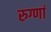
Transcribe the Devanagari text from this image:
रुग्णां